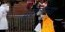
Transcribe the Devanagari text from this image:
चुकलेल्या